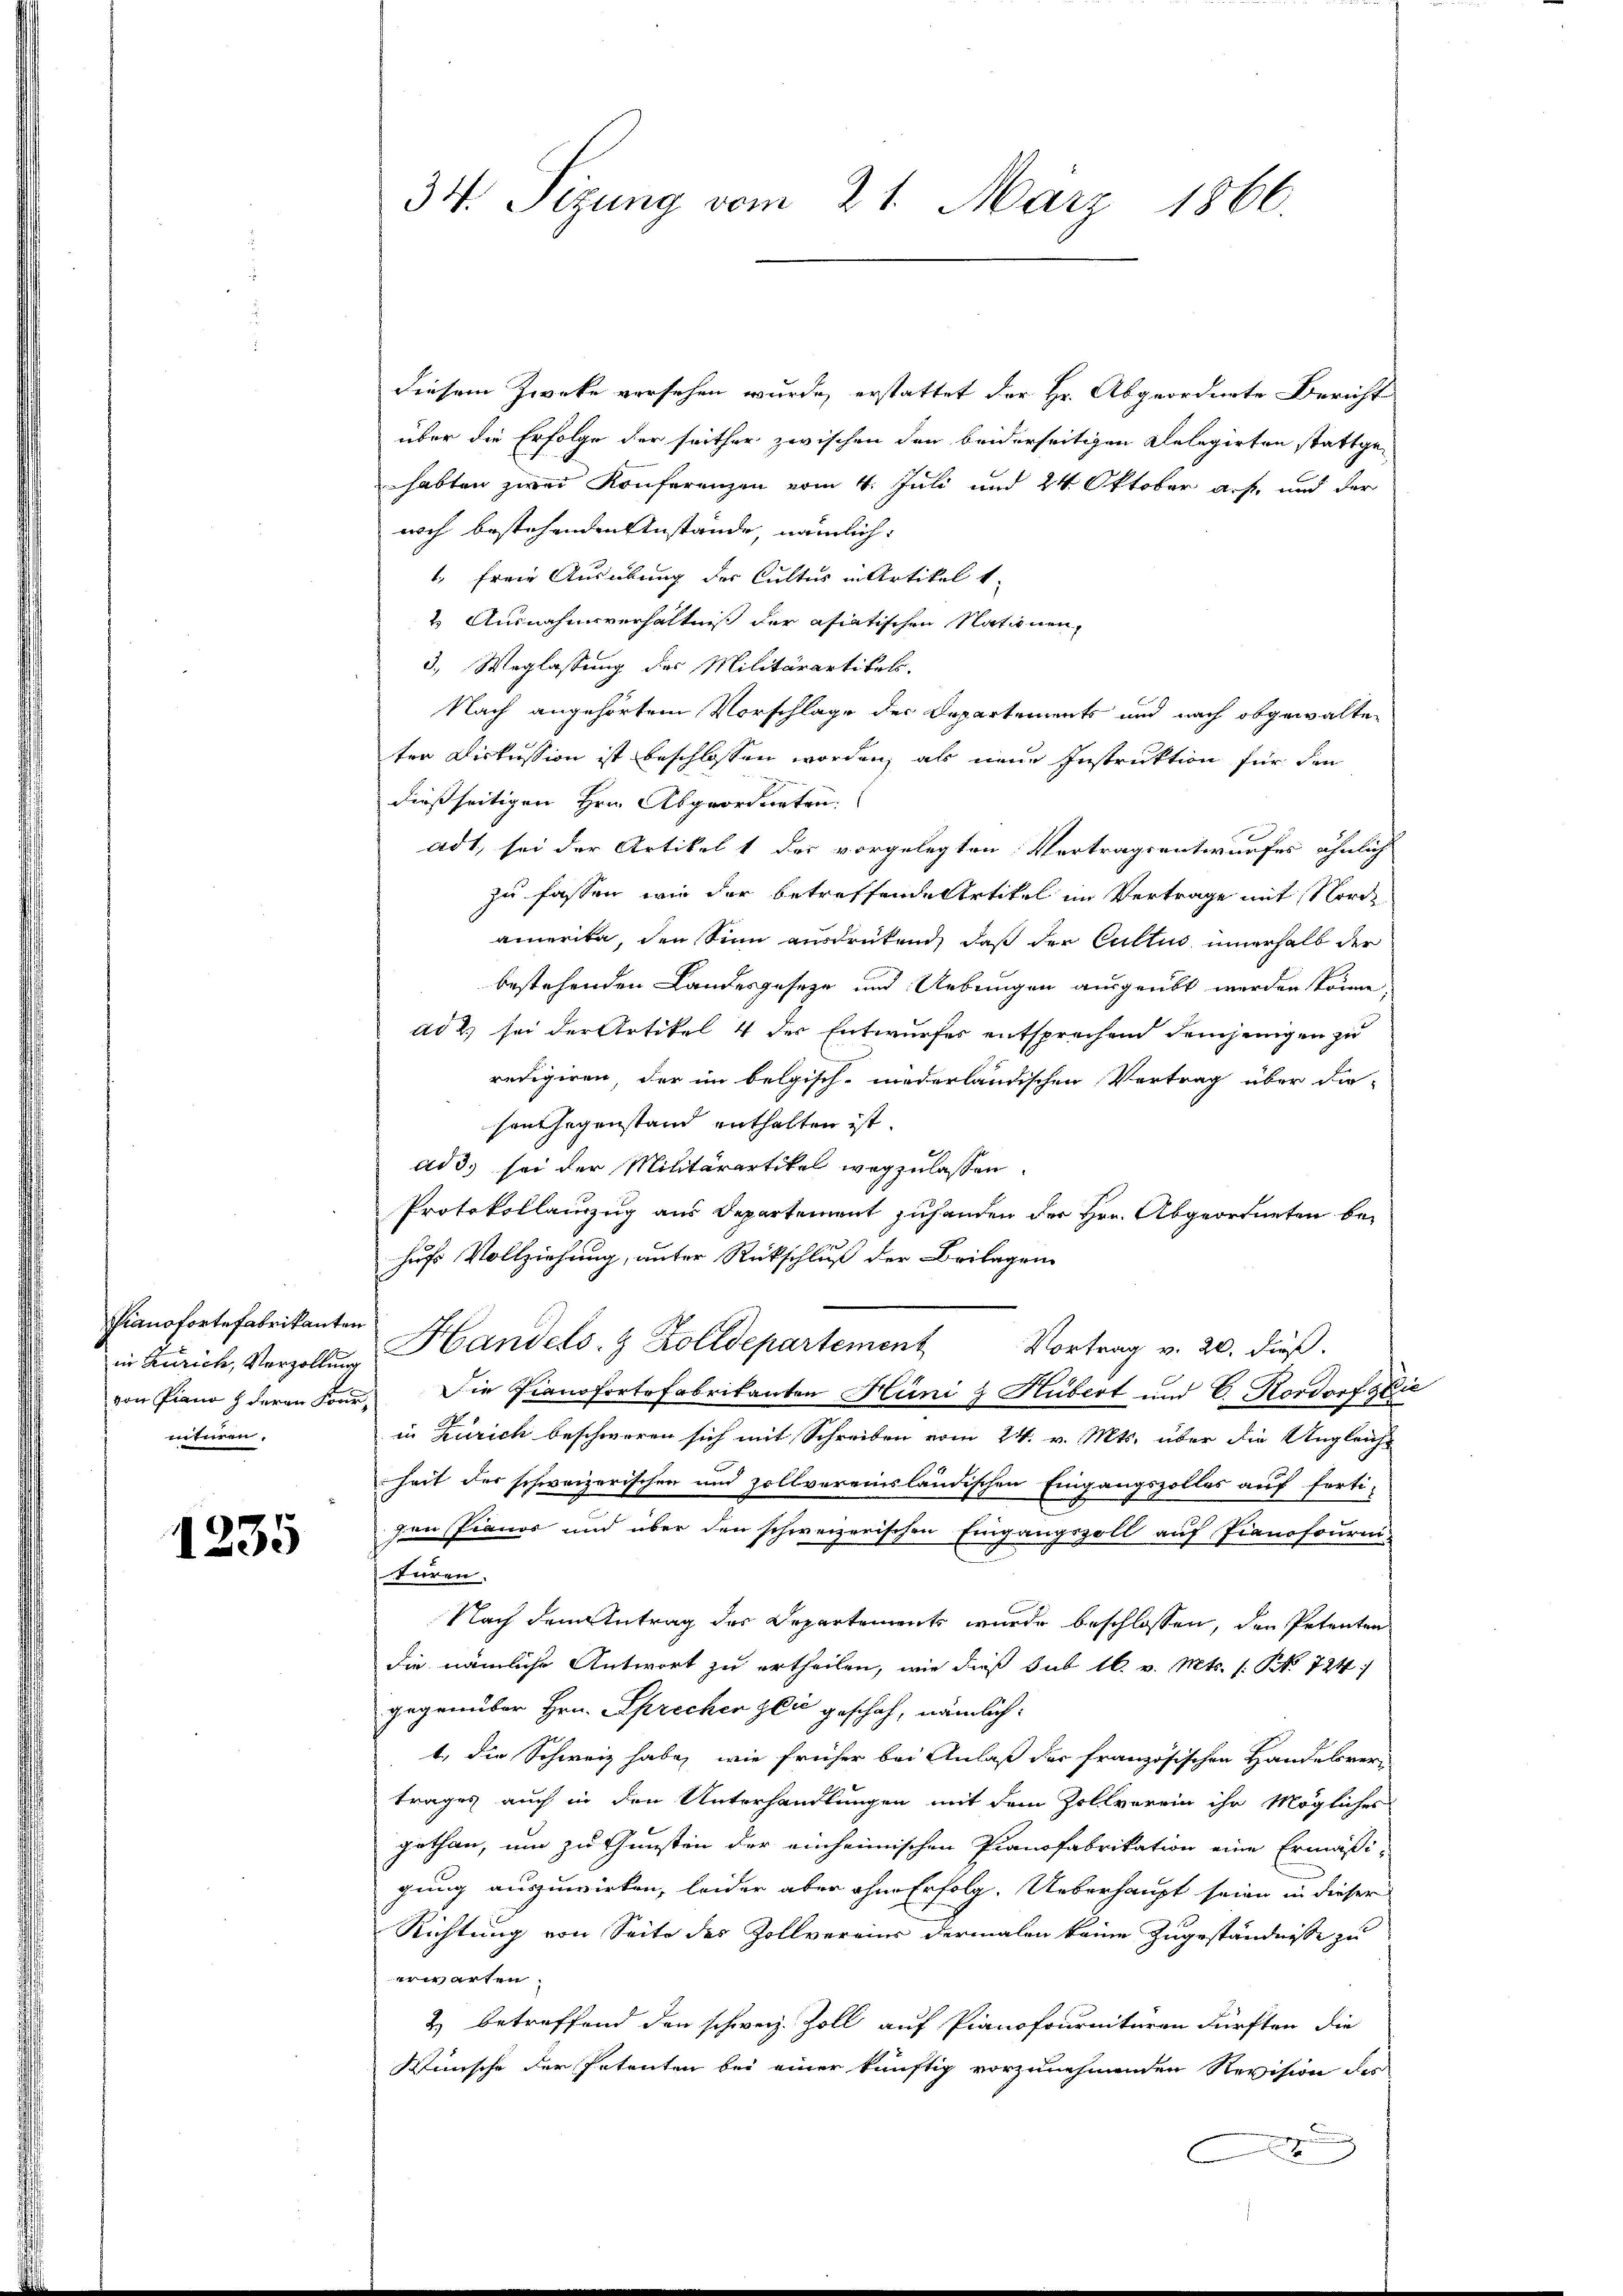
Pianofortefabrikanten
nnituren.

1235

34. Sizung vom 21. März 1866.

diesem Zwecke versehen wurde, erstattet der Hr. Abgeordnete Bericht
über die Erfolge der seither zwischen den beiderseitigen Relegirten stattgehabten zwei Konferenzen vom 4. Juli und 24 Oktober auf und der
noch bestehenden Anstände, nämlich:
1, Freie Ausübung der Cultus in Artikel 1
 Ausnahmsverhältniß der asiatischen Nationen,
3. Weglassung des Militärartikels.
Nach angehörtem Vorschlage der Departements und nach obgewalten
ten Diskussion ist beschlossen worden, als neue Instruktion für den
dießseitigen Hrn. Abgeordneten.
adt, sei der Artikel 1 des vorgelegten Vertragsentwurfes ähnlich
zu fassen, wie der betreffende Artikel im Vertrage mit Norde
amerika, den Sinn ausdrükend, daß der Cultus innerhalb der
bestehenden Landesgeseze und Uebungen ausgeübt werden könne,
Ad 2) sei der Artikel 4 der Entwurfes entsprechend demjenigen zu
redigiren, der im belgisch-niederländischen Vertrag über die-
sen Gegenstand enthalten ist.
ad 3. sei der Militärartikel wegzulassen.
Protokollanzug aus Departement zuhanden der Hrn. Abgeordneten behufs Vollziehung, unter Rückschluß der Beilagen
Vortrag v. 20. dieß.
in Zürich, Verzollŭng Handels- & Zolldepartement
von Piano z deren Konr. Die Pianofortefabrikanten Hüni & Hubert und 6. Nordorf ge
S 1
in Zürich beschweren sich mit Schreiben vom 24. v. Mts. über die Ungleiche
heit der schweizerischen und zollvereinsländischen Eingangszolles auf ferti-
gen Pianos und über den schweizerischen Eingangszoll auf Pianofournis
türen.
Nach dem Antrag des Departements wurde beschlossen, den Petenten
die nämliche Antwort zu ertheilen, wie dieß sub 16. v. Mts. s. S. 724
gegenüber Hrn. Sprechen zeić geschah, nämlich
t., die Schweiz habe, wie früher bei Anlaß der französischen Handelsvertrages auch in den Unterhandlungen mit dem Zollvorrin ihr Mögliches
gethan, um zu Gunsten der einheimischen Pianofabrikation eine Ermäßi-
gung auszuwirken, leider aber ohne Erfolg. Ueberhaupt seien in dieser
Richtung von Seite des Zollvereins dermalen keine Zugeständnisse zu
erwarten.
2) betreffend den schweiz. Zoll auf Pianofournituren dürften die
Wünsche der Petenten bei einer künftig vorzunehmenden Revision des
2